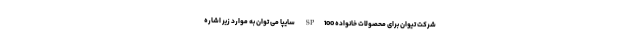
شرکت تیوان برای محصولات خانواده SP100 سایپا می توان به موارد زیر اشاره